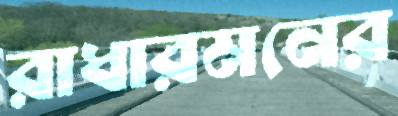
রাধারমনের